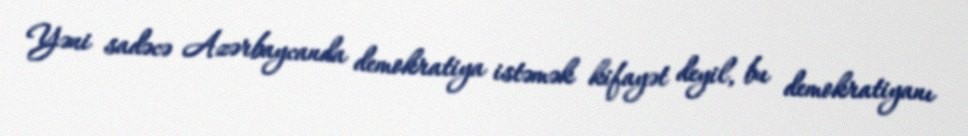
Yəni sadəcə Azərbaycanda demokratiya istəmək kifayət deyil, bu demokratiyanı